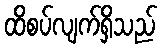
ထိစပ်လျက်ရှိသည်